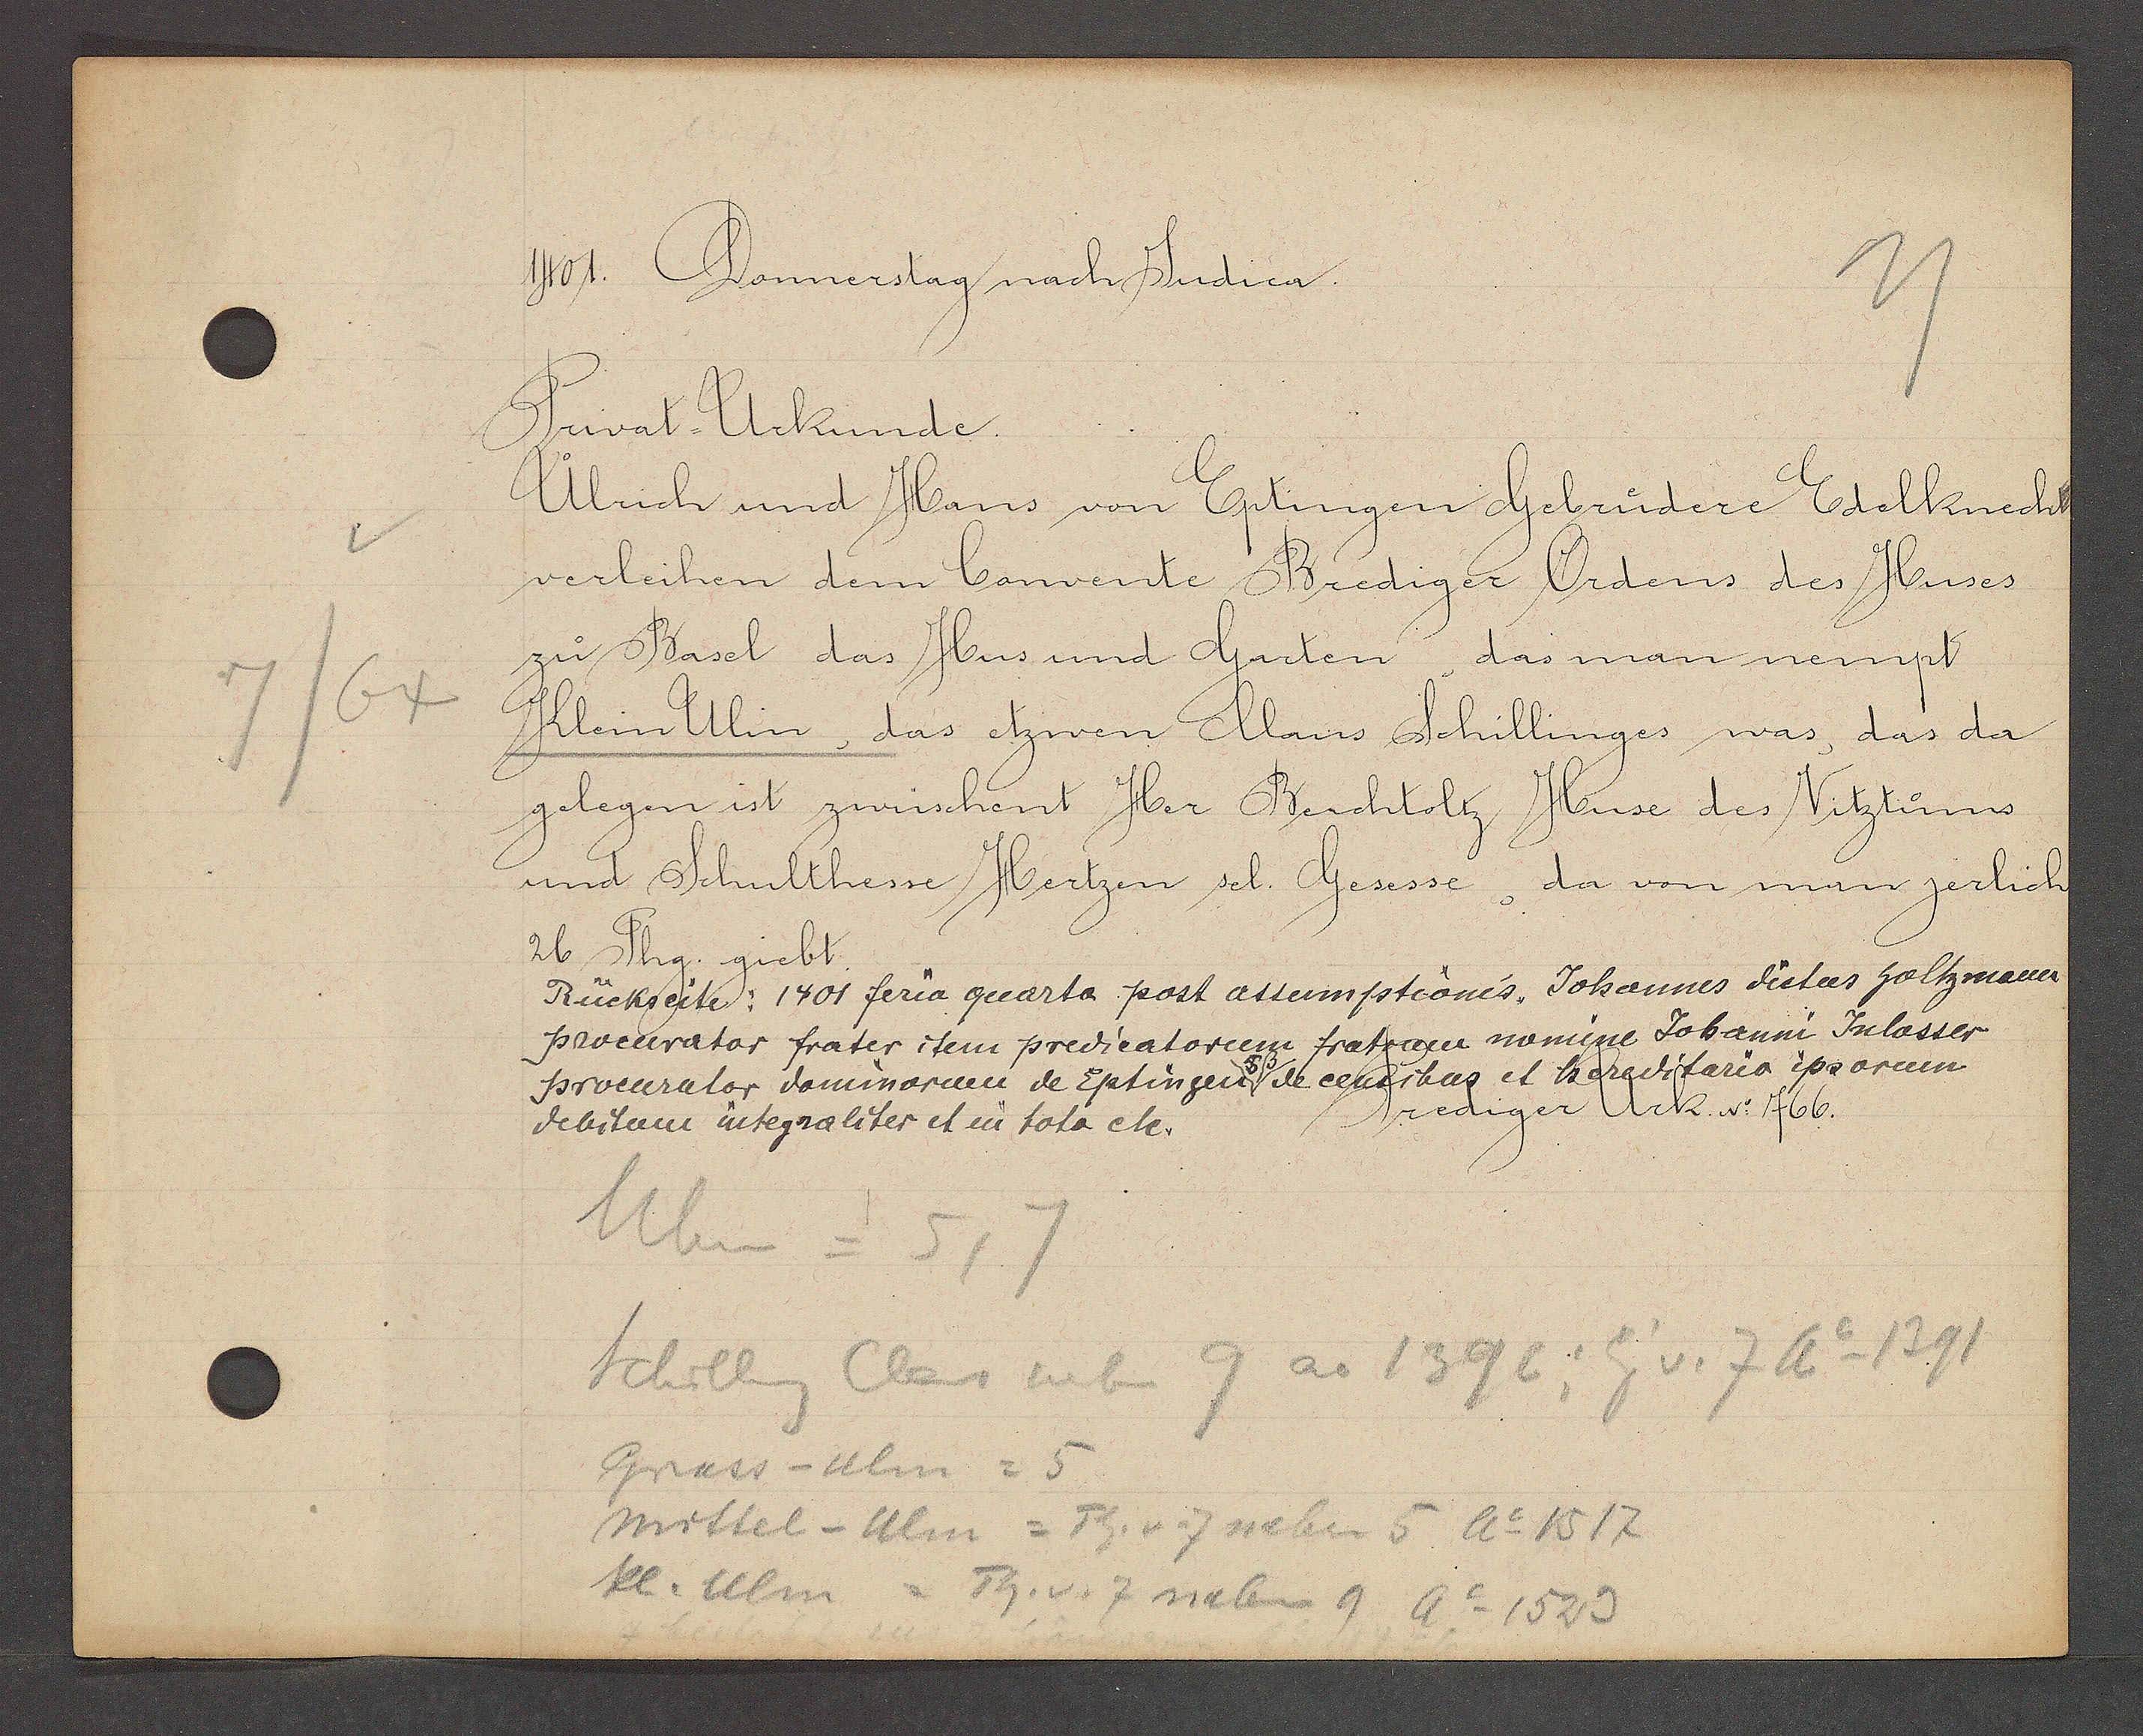
Transcript:
7/64

1401. Donnerstag nach Judica.

Privat- Urkunde.
Ulrich und Hans von Eptingen Gebrüdere Edelknecht
verleihen dem Convente Brediger Ordens des Huses
zu Basel das Hus und Garten, das man nempt
Klein Ulin, das etzwen Claus Schillinges was, das da
gelegen ist zwüschent Her Berchtoltz Huse des Vitztums
und Schulthesse Hertzen sel. Gesesse, da von man jerlich
26 Phg. giebt.
Rückseite: 1401 feria quarta post attemptionis Johannes dictus Goltzmauer
procurator frater item predicatorum fratrum nomine Johanni Inlosser
procurator dominorum de Eptingen de censibus et hereditario ipsorum
debitam integraliter et eu tota etc.

Prediger Urk. No. 766.

Uben = 5, 7
Schilling Claus neben 9 ao 1396, Eig v. 7 Ao 1391
Gross-Ulm = 5
Mittel - Ulm = Th. v. 7 neben 5 Ao 1517
sel. Ulm
Th. v. 7 neben 9 Ao 1529